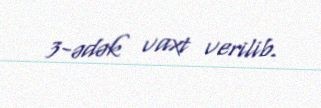
3-ədək vaxt verilib.